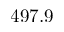
4 9 7 . 9